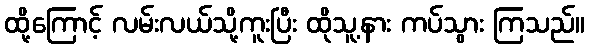
ထို့ကြောင့် လမ်းလယ်သို့ကူးပြီး ထိုသူ့နား ကပ်သွား ကြသည်။